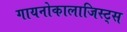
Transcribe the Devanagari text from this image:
गायनोकालाजिस्ट्स